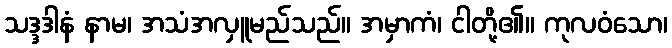
သဒ္ဒဒါနံ နာမ၊ အသံအလှူမည်သည်။ အမှာကံ၊ ငါတို့၏။ ကုလဝံသော၊